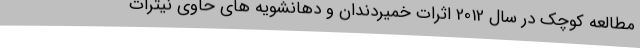
مطالعه کوچک در سال 2012 اثرات خمیردندان و دهانشویه های حاوی نیترات